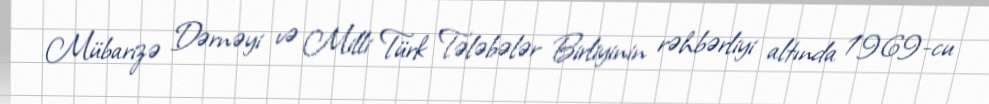
Mübarizə Dərnəyi və Milli Türk Tələbələr Birliyinin rəhbərliyi altında 1969-cu